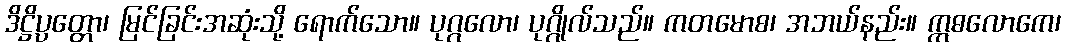
ဒိဋ္ဌိပ္ပတ္တော၊ မြင်ခြင်းအဆုံးသို့ ရောက်သော။ ပုဂ္ဂလော၊ ပုဂ္ဂိုလ်သည်။ ကတမောစ၊ အဘယ်နည်း။ ဣဓလောကေ၊